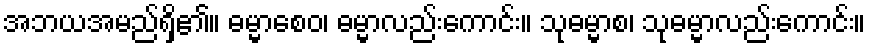
အဘယအမည်ရှိ၏။ ဓမ္မာစေဝ၊ ဓမ္မာလည်းကောင်း။ သုဓမ္မာစ၊ သုဓမ္မာလည်းကောင်း။